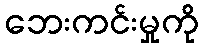
ဘေးကင်းမှုကို